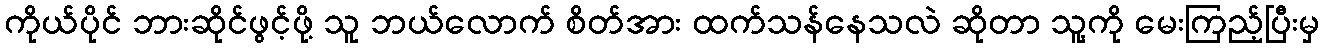
ကိုယ်ပိုင် ဘားဆိုင်ဖွင့်ဖို့ သူ ဘယ်လောက် စိတ်အား ထက်သန်နေသလဲ ဆိုတာ သူ့ကို မေးကြည့်ပြီးမှ